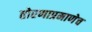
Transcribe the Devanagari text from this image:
तोरणाप्रमाणेच